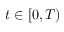
t \in [ 0 , T )